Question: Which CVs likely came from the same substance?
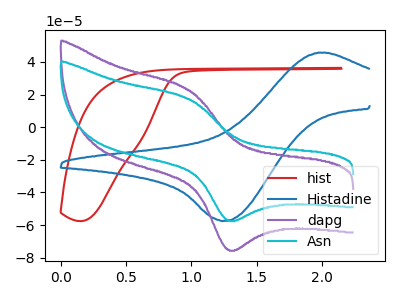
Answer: <think>The red curve "hist" has no peaks. The blue curve "Histadine" has an anodic peak at (1.95V, 45.80uA) and a cathodic peak at (1.25V, -57.40uA). The purple curve "dapg" has an anodic peak at (1.00V, 22.60uA) and a cathodic peak at (1.30V, -75.25uA). The cyan curve "Asn" has an anodic peak at (1.00V, 17.20uA) and a cathodic peak at (1.30V, -57.20uA).
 "hist" and "Histadine" have a different number of peaks. "hist" and "dapg" have a different number of peaks. "hist" and "Asn" have a different number of peaks. "Histadine" and "dapg" have at least one peak that do not match. "Histadine" and "Asn" have at least one peak that do not match. All the peaks in "dapg" have a peak in "Asn" at the same potential. Every peak in "dapg" is higher than every peak in "Asn".</think>
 <answer>"Asn" and "dapg" have the same shape and are likely CV's of the same chemical.</answer>
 <eval>"Asn" "dapg"</eval>